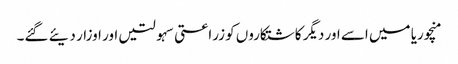
منچوریا میں اسے اور دیگر کاشتکاروں کو زراعتی سہولتیں اور اوزار دیئے گئے۔